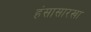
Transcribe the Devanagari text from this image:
हंसासारखा